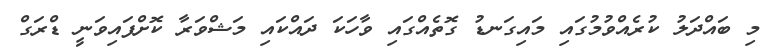
މި ބައްދަލު ކުރެއްވުމުގައި މައިގަނޑު ގޮތެއްގައި ވާހަކަ ދައްކައި މަޝްވަރާ ކޮށްފައިވަނީ ޑްރަގް